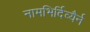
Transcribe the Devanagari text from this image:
नामभिर्दिव्यैर्न